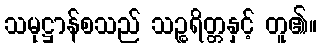
သမုဋ္ဌာန်စသည် သဉ္စရိတ္တနှင့် တူ၏။